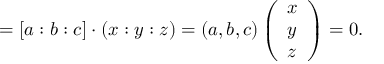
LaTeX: = [ a : b : c ] \cdot ( x : y : z ) = ( a , b , c ) \left( { \begin{array} { l } { x } \\ { y } \\ { z } \end{array} } \right) = 0 .